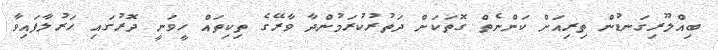
ބިއްލޫރިގަނޑުން ތިރިއަށް ކަންނެތް ގޮތަކަށް ދަތުރުކުރަމުންދާ ވާރޭގެ ތިކިތައް ހީވަނީ ދޮރުގައި ހަރުލާފައިވާ